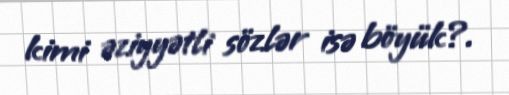
kimi əziyyətli sözlər isə böyük?.